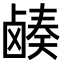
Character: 𬸷